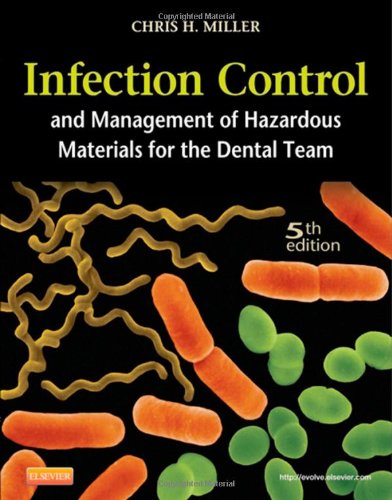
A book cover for Infection Control and Management of Hazardous Materials for the Dental Team, 5e; Chris H. Miller BA  MS  PhD; Medical Books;